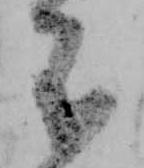
不